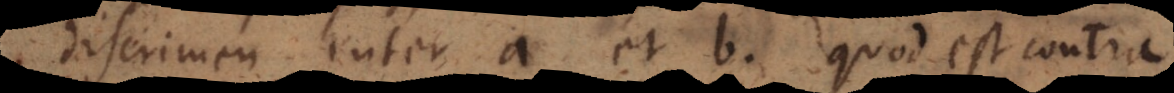
discrimen inter a et b. Quod est contra